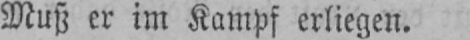
Muß er im Kampf erliegen.